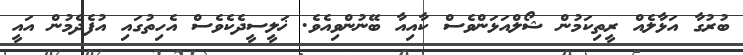
ބުރުގާ އަޅާލެއް ރީތިކަމުން ޝޯލްއަޅަންވެސް ކާއިއާ ބޭނުންވިއެވެ. ޚަލީސީދެކެވެސް އެހިތުގައި އުފެދެމުން އައީ